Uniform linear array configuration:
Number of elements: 16
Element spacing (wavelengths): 0.5
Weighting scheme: exponential
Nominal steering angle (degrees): -60
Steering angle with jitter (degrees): -61.251
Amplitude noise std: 0.05
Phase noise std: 0.05

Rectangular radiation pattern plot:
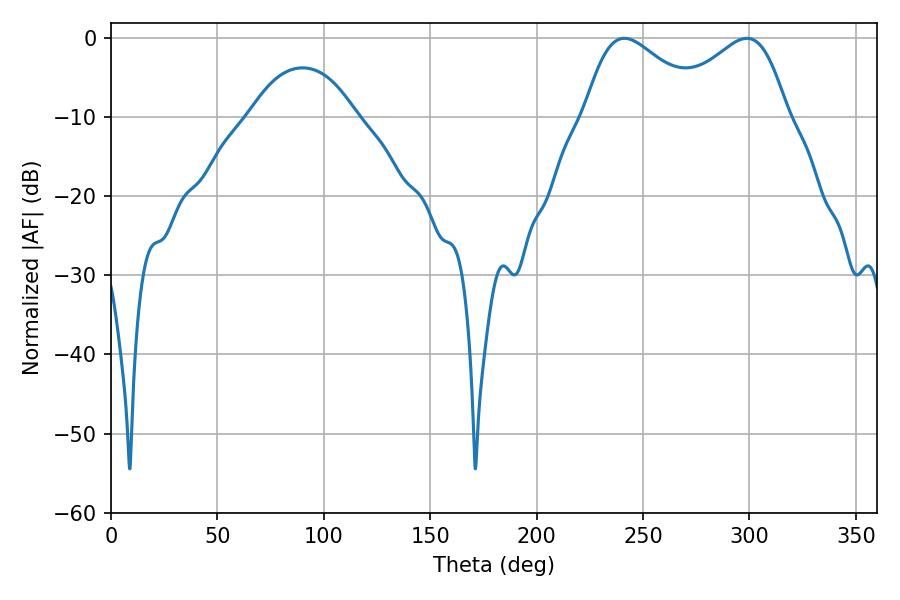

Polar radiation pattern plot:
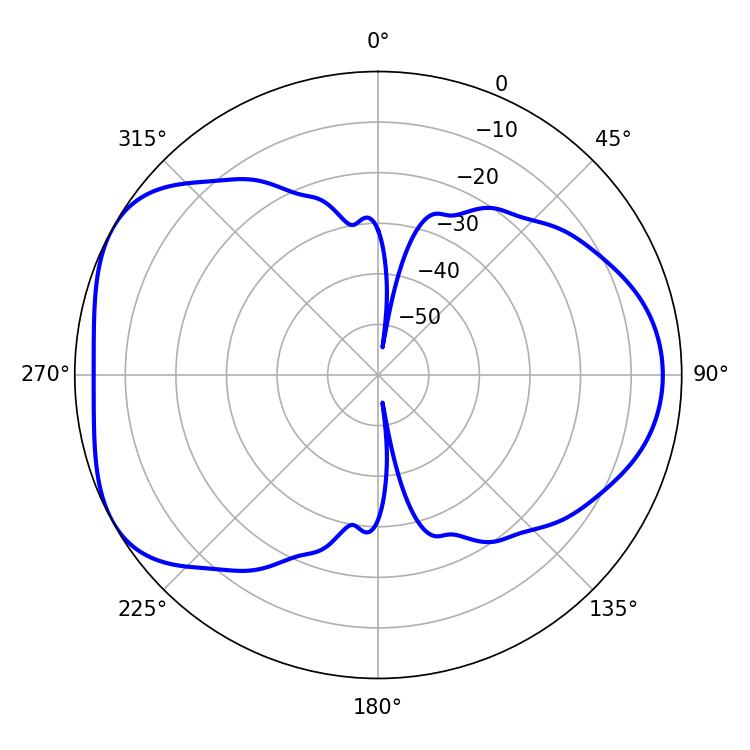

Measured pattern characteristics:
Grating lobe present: FALSE
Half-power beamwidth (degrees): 30.24
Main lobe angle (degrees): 241.2